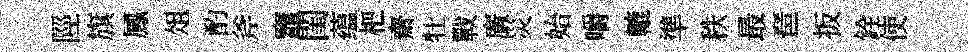
陘旗鳳俎酌斧竈閨蕴杷齋牡戰廣災始嚼轆準秩最琶扳銓使